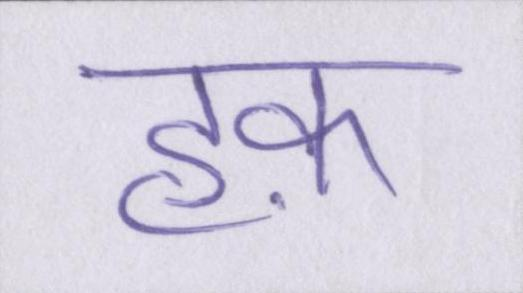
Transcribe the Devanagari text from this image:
हक़